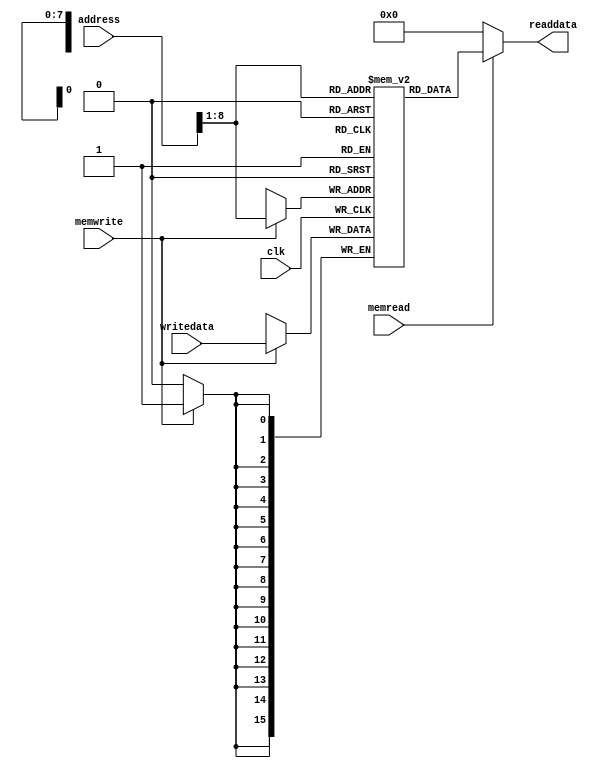
//memory unit
module DMemBank(input clk, input memread, input memwrite, input [15:0] address, input [15:0] writedata, output [15:0] readdata);

	reg [15:0] mem_array [255:0];

	initial begin: datamem_initializer

		integer i;
		for(i = 0; i < 256; i = i+1) begin
			mem_array[i] = 16'd0;
		end
	end

	always@(posedge clk)
	begin
		if(memwrite)begin
			mem_array[address[15:1]]= writedata;
		end
	end
	assign readdata = (memread) ? (mem_array[address[15:1]]) : 16'd0;

endmodule

/*
module testbench;
	reg memread, memwrite;              // rw=RegWrite 
	reg [15:0] adr;  // adr=address 
	wire [15:0] rd; // rd=readdata 
	reg [15:0] wd;
	reg clk = 1'b0;

	DMemBank u0(clk, memread, memwrite, adr, wd, rd);

	initial begin
		$monitor("read %b got %b", adr, rd);
		clk = 1'b0;

		#5
		memwrite = 1'b1;
		memread=1'b0;
		adr=16'd2;
		wd = 16'd32;
		clk = 1'b1; #2 clk=1'b0;

		#5
		memread=1'b1;
		adr=16'd2;

		clk = 1'b1; #2 clk=1'b0;
	end

endmodule
*/